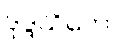
ဒုဒ္ဒသိကော